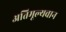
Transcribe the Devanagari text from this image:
अतिमूल्यवान